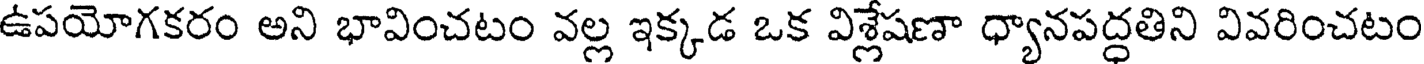
ఉపయోగకరం అని భావించటం వల్ల ఇక్కడ ఒక విశ్లేషణా ధ్యానపద్ధతిని వివరించటం